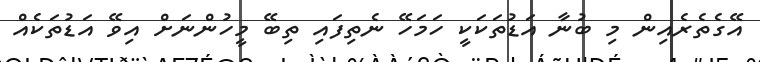
އޭގެތެރެއިން މި ބުނާ އަޑުތަކަކީ ހަމަހޭ ނެތިފައި ތިބޭ މީހުންނަށް އިވޭ އަޑުތަކެއް